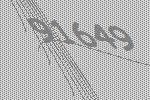
91649